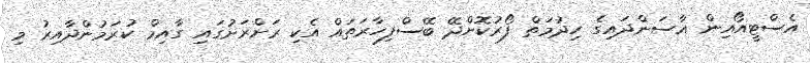
އެސްޓީއޯއިން އާސަންދައިގެ ހިދުމަތް ފޯރުކޮށްދޭ ބޭސްފިހާރަތައް އެކި ރަށްރަށުގައި ގާއިމް ކުރަމުންދާއިރު މި